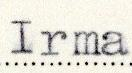
Irma